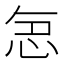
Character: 𭜤